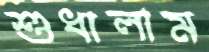
শুধালাম